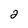
Character: 2